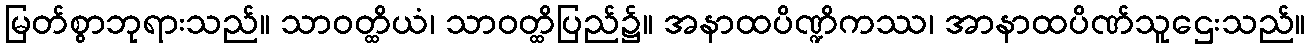
မြတ်စွာဘုရားသည်။ သာဝတ္ထိယံ၊ သာဝတ္ထိပြည်၌။ အနာထပိဏ္ဍိကဿ၊ အာနာထပိဏ်သူဌေးသည်။